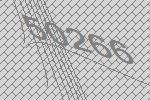
50266